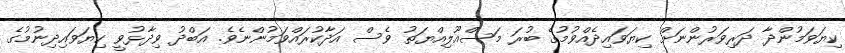
ކިޔަވަމުންދާ ދަރިވަރުންނަށް ކިޔަވައިދެއްވުމުގެ ބުރަ މަސްއޫލިއްޔަތު ވެސް އަދާކުރައްވަމުންނެވެ. އަބްދު ވިދާޅުވީ ކިޔަވައިދިނުމުގެ